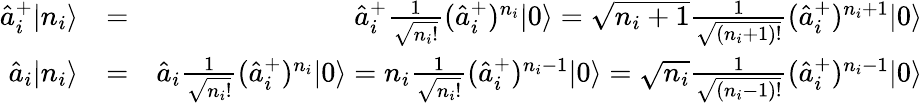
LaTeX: \begin{array}{rlr}{\hat{a}_{i}^{+}|n_{i}\rangle}&{=}&{\hat{a}_{i}^{+}\frac{1}{\sqrt{n_{i}!}}(\hat{a}_{i}^{+})^{n_{i}}|0\rangle=\sqrt{n_{i}+1}\frac{1}{\sqrt{(n_{i}+1)!}}(\hat{a}_{i}^{+})^{n_{i}+1}|0\rangle}\\ {\hat{a}_{i}|n_{i}\rangle}&{=}&{\hat{a}_{i}\frac{1}{\sqrt{n_{i}!}}(\hat{a}_{i}^{+})^{n_{i}}|0\rangle=n_{i}\frac{1}{\sqrt{n_{i}!}}(\hat{a}_{i}^{+})^{n_{i}-1}|0\rangle=\sqrt{n_{i}}\frac{1}{\sqrt{(n_{i}-1)!}}(\hat{a}_{i}^{+})^{n_{i}-1}|0\rangle}\end{array}